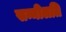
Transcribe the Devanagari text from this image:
सम्मीलति